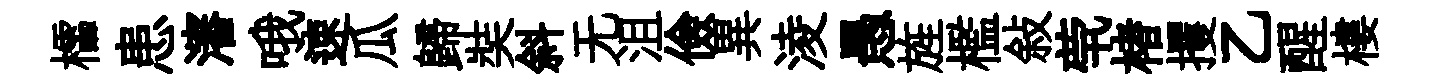
櫺患瀋哦速瓜歸奘斜无沮儉異淩愚旌檻敍茕楮攫乙醒樓